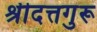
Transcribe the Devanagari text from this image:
श्रीदत्तगुरू